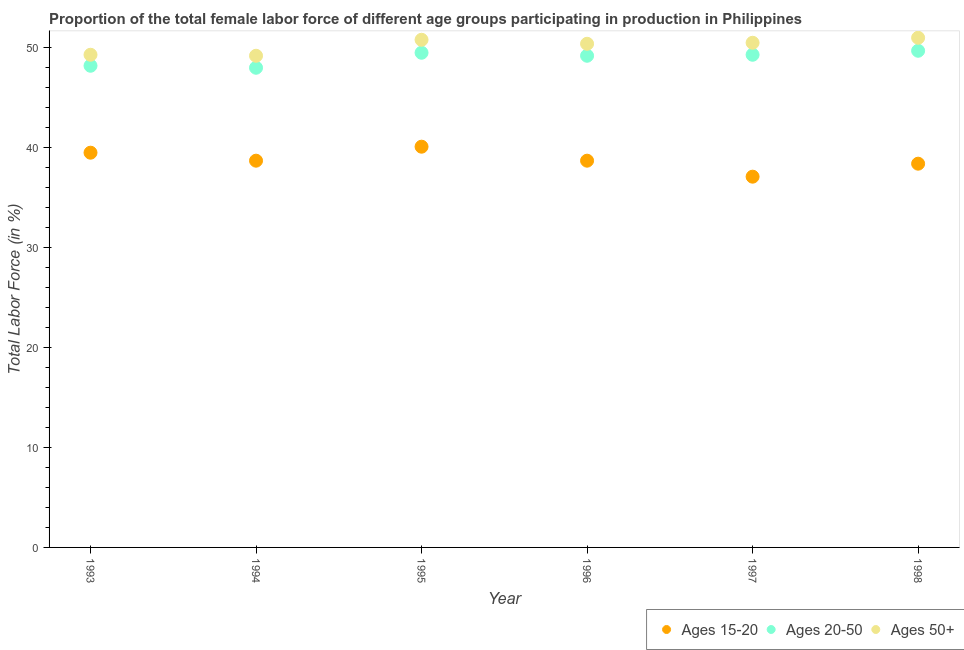
| Year | Ages 15-20 | Ages 20-50 | Ages 50+ |
 | --- | --- | --- | --- |
 | 1993 | 39.5 | 48.2 | 49.3 |
 | 1994 | 38.7 | 48 | 49.2 |
 | 1995 | 40.1 | 49.5 | 50.8 |
 | 1996 | 38.7 | 49.2 | 50.4 |
 | 1997 | 37.1 | 49.3 | 50.5 |
 | 1998 | 38.4 | 49.7 | 51 |